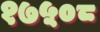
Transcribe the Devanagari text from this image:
१७५०८